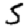
Digit: 5